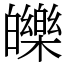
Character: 皪